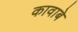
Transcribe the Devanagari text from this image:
कावाबे